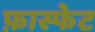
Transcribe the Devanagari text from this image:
फ़ास्फेट